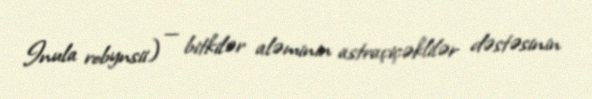
Inula robynsii) — bitkilər aləminin astraçiçəklilər dəstəsinin